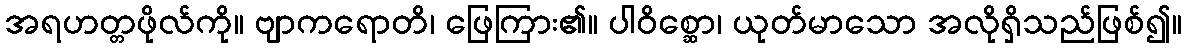
အရဟတ္တဖိုလ်ကို။ ဗျာကရောတိ၊ ဖြေကြား၏။ ပါဝိစ္ဆော၊ ယုတ်မာသော အလိုရှိသည်ဖြစ်၍။